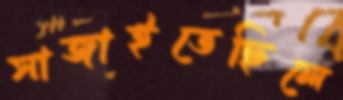
সাজাইতেছিলে